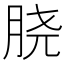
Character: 𰮝